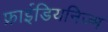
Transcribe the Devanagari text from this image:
फ्राईडियनिज्म